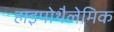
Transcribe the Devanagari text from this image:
हाइपोथैलेमिक